EELK_Paldiski_kogudus, lk 54
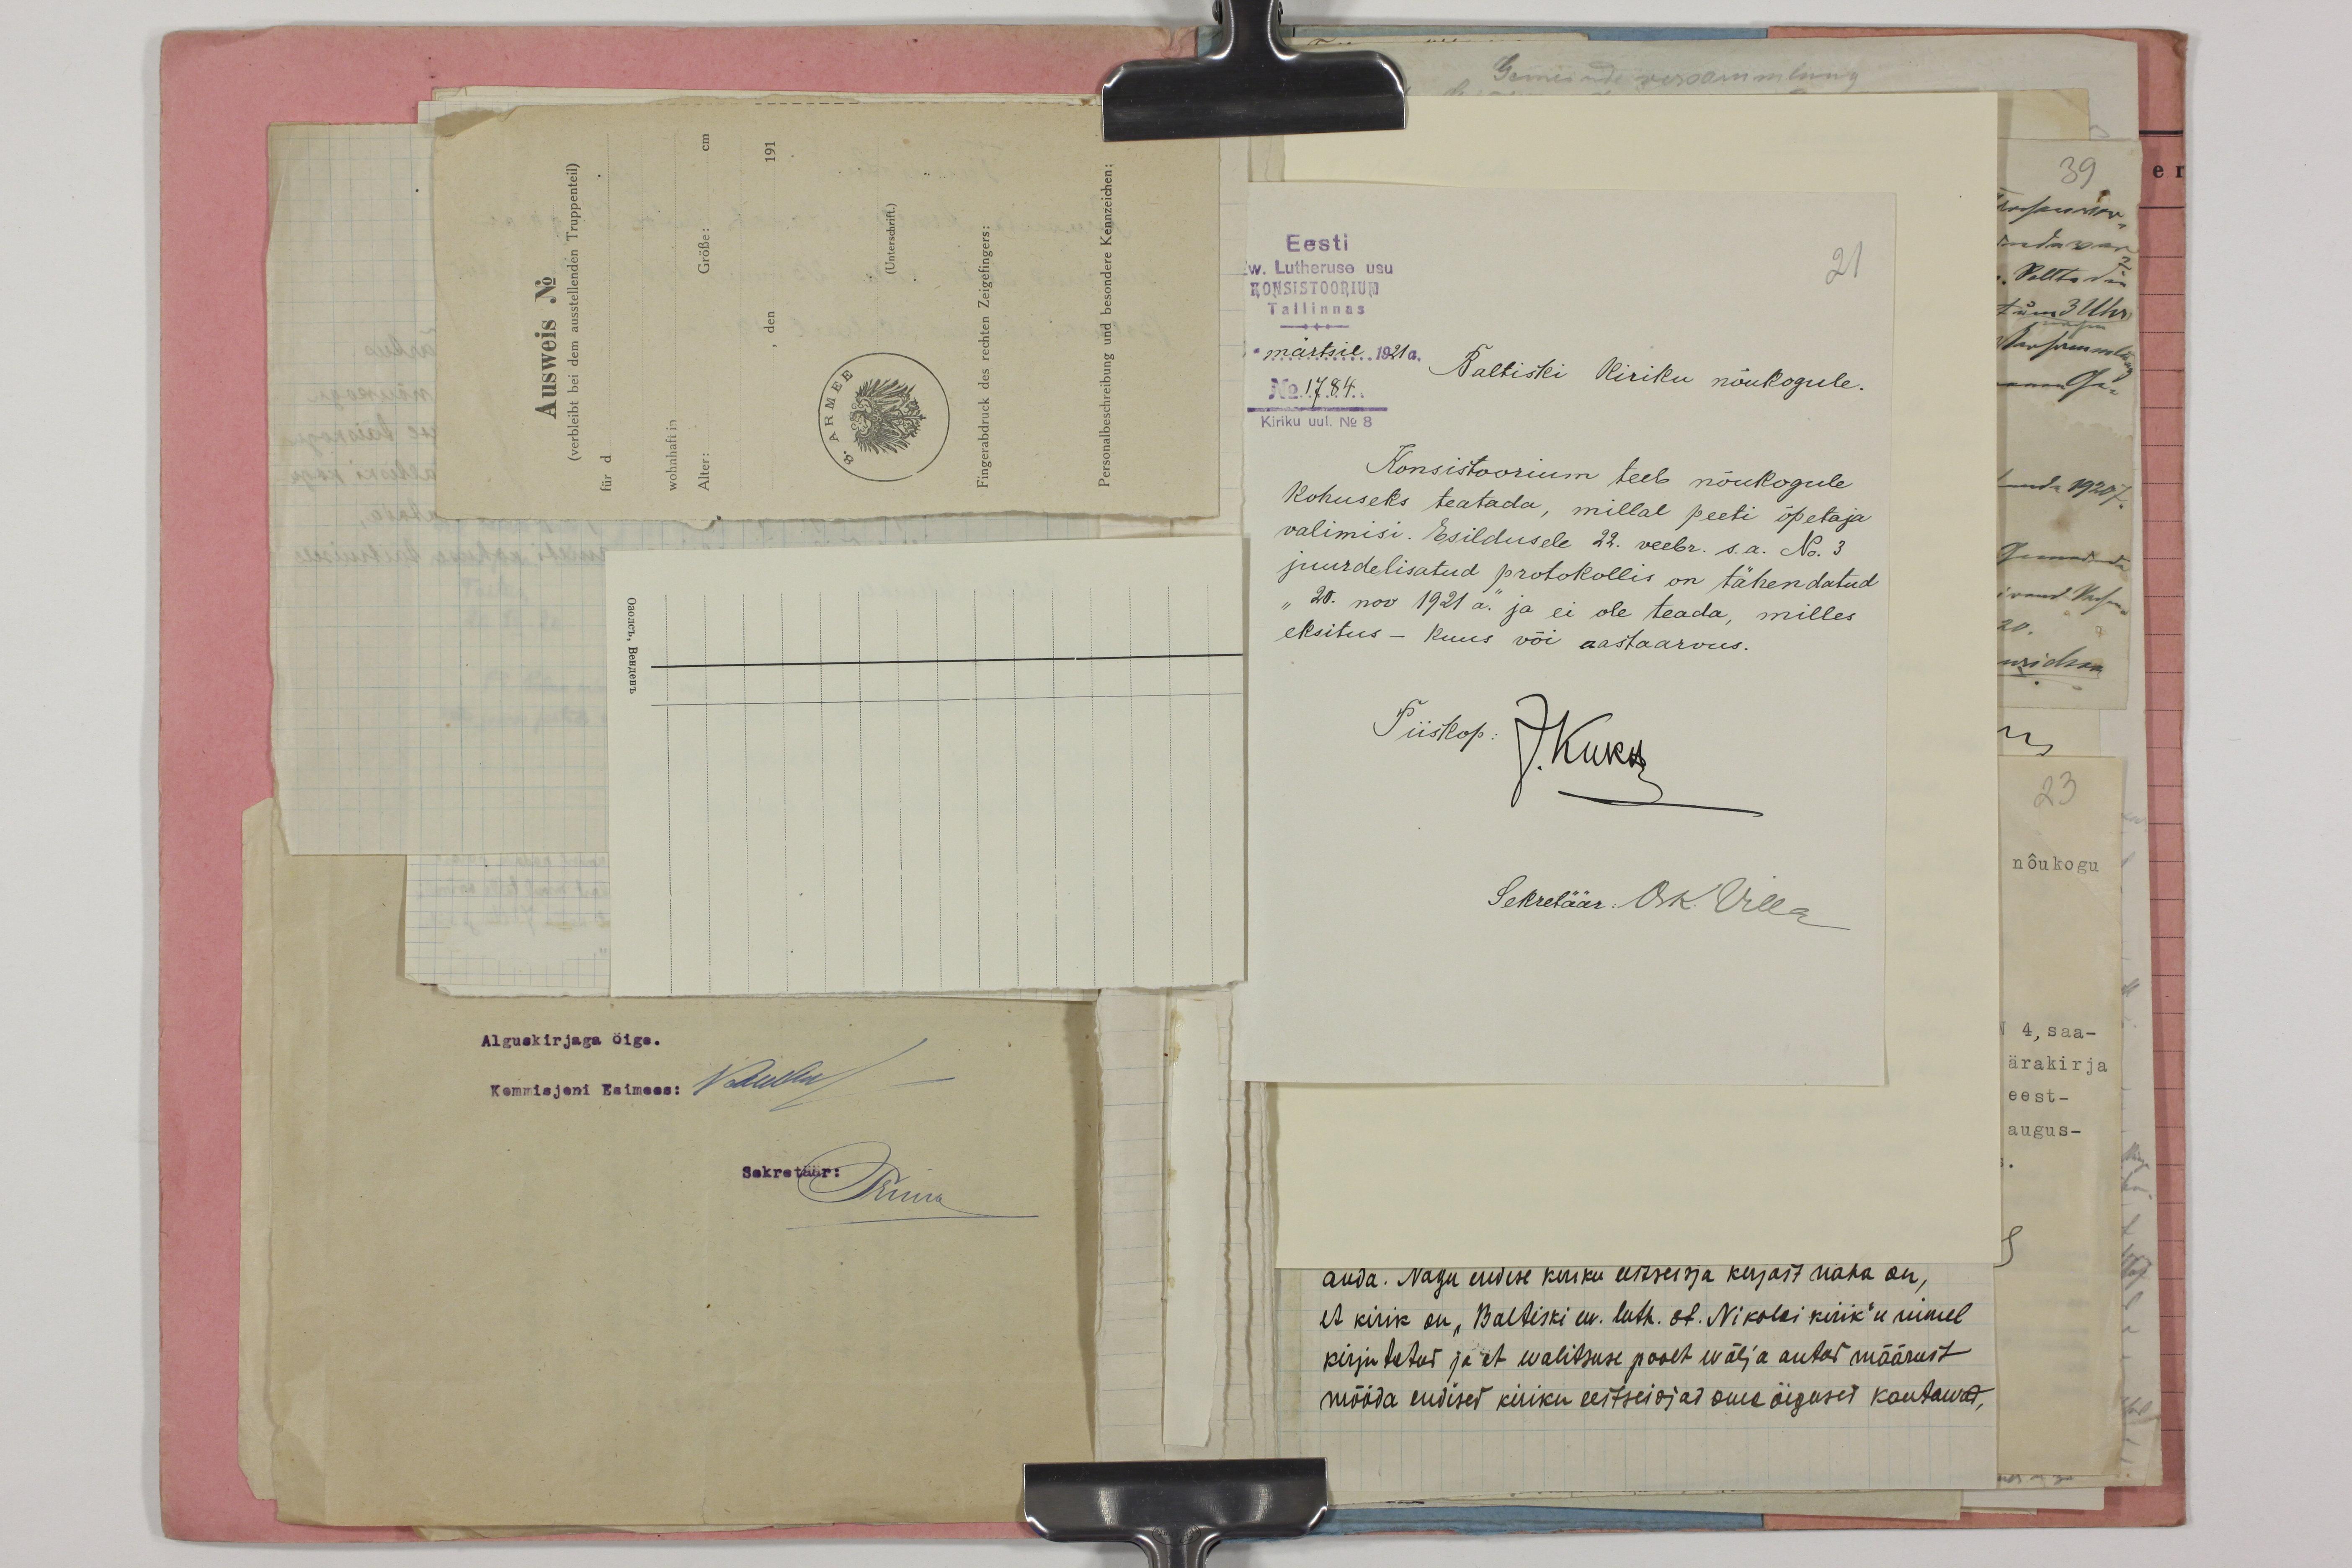
Eesti
21
Ew. Lutheruse usu.
KONSISTOORIUM
Tallinnas
märtsil 1921a.
No 1784
Baltiski Kiriku nõukogule.
Kiriku uul. No 8
Konsistoorium teeb nõukogule
Kohuseks teatada, millal peeti õpetaja
valimisi. Esildusele 22. veebr. s.a. No. 3.
juurdelisatud protokollis on tähendatud
"20. nov 1921 a." ja ei ole teada, milles
eksitus - kuus või aastaarvus.
Piiskop J. Kukk
Sekretäär Osk. Villa